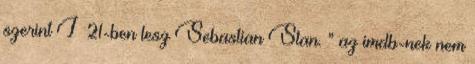
szerint I 21-ben lesz Sebastian Stan. ” az imdb-nek nem